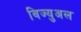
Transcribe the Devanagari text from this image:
विज्युअल